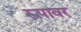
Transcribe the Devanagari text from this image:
रूपावर